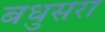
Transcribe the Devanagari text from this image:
बधुसरा